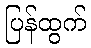
ပြန်ထွက်